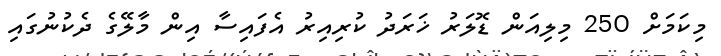
މިކަމަށް 250 މިލިއަން ޑޮލަރު ޚަރަދު ކުރިއިރު އެފައިސާ އިން މާލޭގެ ދެކުނުގައި